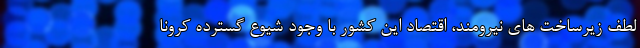
لطف زیرساخت های نیرومند، اقتصاد این کشور با وجود شیوع گسترده کرونا